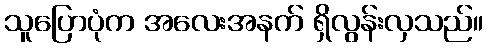
သူပြောပုံက အလေးအနက် ရှိလွန်းလှသည်။